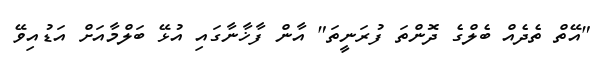
"އޭތް ތެދެއް ބެލްގެ ދޮންތަ ފުރަނީތަ" އާން ފާޚާނާގައި އުޅޭ ބަލްމާއަށް އަޑުއިވޭ